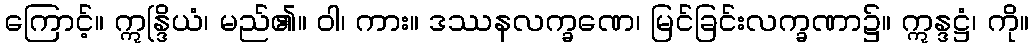
ကြောင့်။ ဣန္ဒြိယံ၊ မည်၏။ ဝါ၊ ကား။ ဒဿနလက္ခဏေ၊ မြင်ခြင်းလက္ခဏာ၌။ ဣန္ဒဋ္ဌံ၊ ကို။